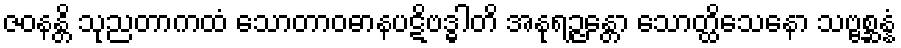
ဇဝနန္တိ သုညတာကထံ သောတာဝဓာနပဋိဗဒ္ဓါတိ အနုရဉ္ဇန္တော သောတ္ထိသေနော သဗ္ဗစ္ဆန္နံ